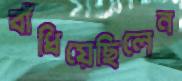
বাঁধিয়েছিলেন